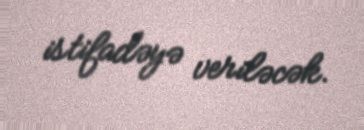
istifadəyə veriləcək.